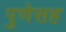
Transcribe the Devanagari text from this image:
पुणेसह